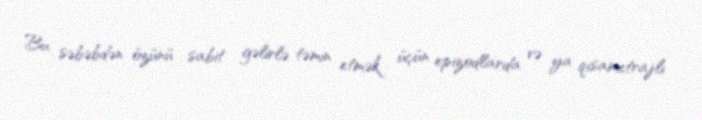
Bu səbəbdən özünü sabit gəlirlə təmin etmək üçün epizodlarda və ya qısametrajlı